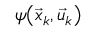
\psi \big ( \vec { x } _ { k } , \vec { u } _ { k } \big )